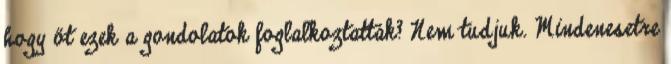
hogy őt ezek a gondolatok fog­lal­koztatták? Nem tudjuk. Mindenesetre